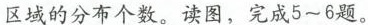
区域的分布个数。读图，完成5~6题。